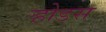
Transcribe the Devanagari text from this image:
ऱ्होडस